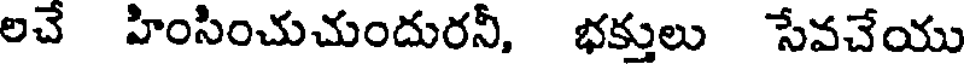
లచే హింసించుచుందురనీ, భక్తులు సేవచేయు